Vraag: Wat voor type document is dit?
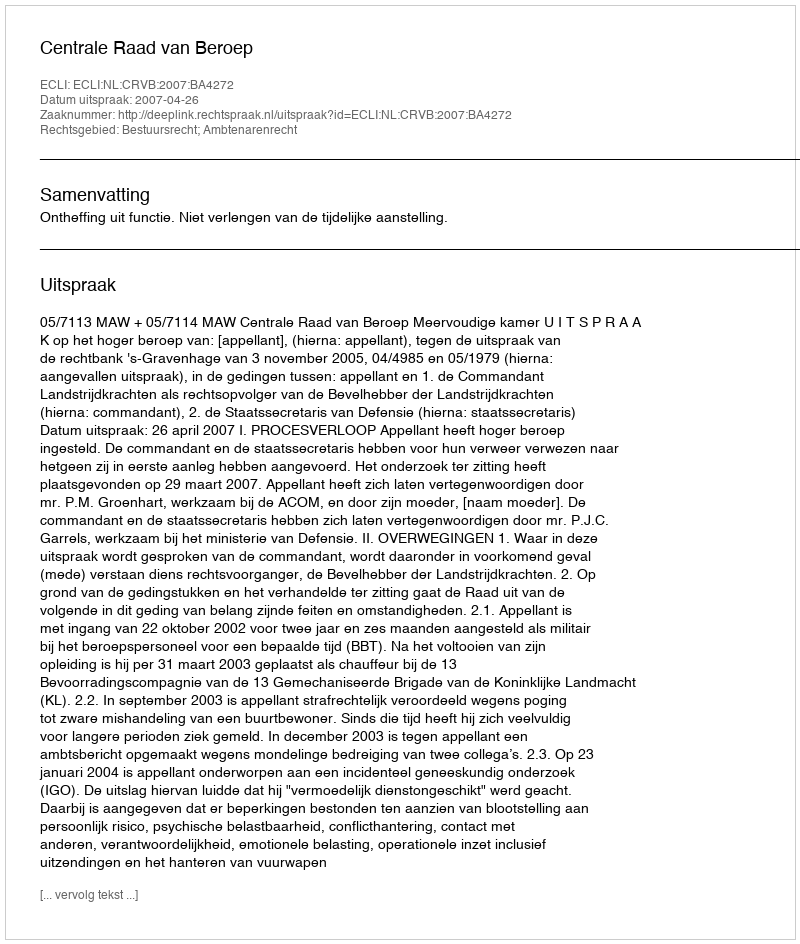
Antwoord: Uitspraak